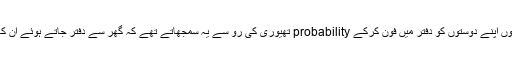
اسی طرح جب ملک میں دہشت گر دی کا عروج تھا اُن دنوں اپنے دوستوں کو دفتر میں فون کرکے probability تھیوری کی رُو سے یہ سمجھاتے تھے کہ گھر سے دفتر جاتے ہوئے اُن کا خود کش دھماکے میں شہید ہونے کا امکان 1بٹا 18ہے۔